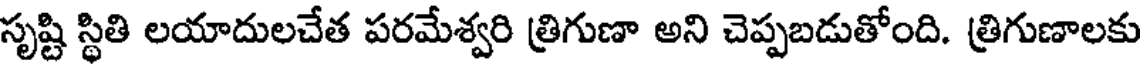
సృష్టి స్థితి లయాదులచేత పరమేశ్వరి త్రిగుణా అని చెప్పబడుతోంది. త్రిగుణాలకు